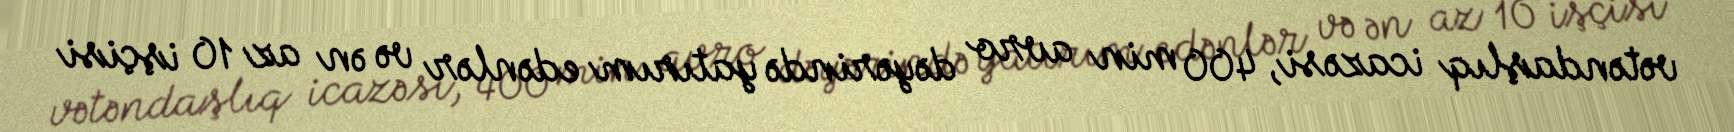
vətəndaşlıq icazəsi, 400 min avro dəyərində yatırım edənlər və ən az 10 işçisi